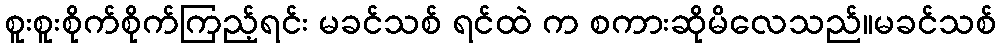
စူးစူးစိုက်စိုက်ကြည့်ရင်း မခင်သစ် ရင်ထဲ က စကားဆိုမိလေသည်။မခင်သစ်